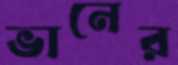
ভানের